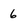
Character: 6